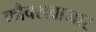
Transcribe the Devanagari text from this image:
कौक्सबाजार